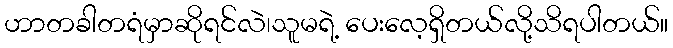
ဟာတခါတရံမှာဆိုရင်လဲ၊သူမရဲ့ ပေးလေ့ရှိတယ်လို့သိရပါတယ်။